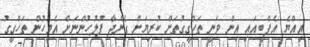
އިއްޔެ އެފްބީއައި އިން ވަނީ ތަހްގީގުތަށް ކުރިޔަށް ގެންދާ ފުލުހުންނަށް އެމީހުން ތަހްގީގު